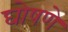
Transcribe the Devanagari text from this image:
घोषणे